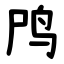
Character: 鸤